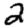
Digit: 2